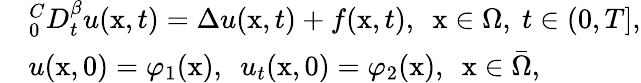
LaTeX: \begin{array}{rl}&{_{0}^{C}D_{t}^{\beta}u(\mathrm{x},t)=\Delta u(\mathrm{x},t)+f(\mathrm{x},t),~~\mathrm{x}\in\Omega,~t\in(0,T],}\\ &{u(\mathrm{x},0)=\varphi_{1}(\mathrm{x}),~~u_{t}(\mathrm{x},0)=\varphi_{2}(\mathrm{x}),~~\mathrm{x}\in\bar{\Omega},}\end{array}